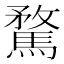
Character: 騖